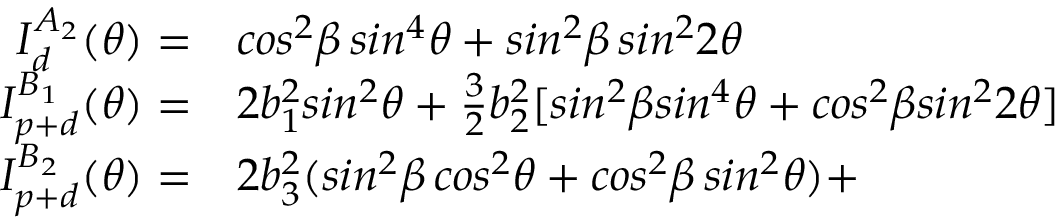
\begin{array} { r l } { I _ { d } ^ { A _ { 2 } } ( \theta ) = } & { { } c o s ^ { 2 } \beta \, s i n ^ { 4 } \theta + s i n ^ { 2 } \beta \, s i n ^ { 2 } 2 \theta } \\ { I _ { p + d } ^ { B _ { 1 } } ( \theta ) = } & { { } 2 b _ { 1 } ^ { 2 } s i n ^ { 2 } \theta + \frac { 3 } { 2 } b _ { 2 } ^ { 2 } [ s i n ^ { 2 } \beta s i n ^ { 4 } \theta + c o s ^ { 2 } \beta s i n ^ { 2 } 2 \theta ] } \\ { I _ { p + d } ^ { B _ { 2 } } ( \theta ) = } & { { } 2 b _ { 3 } ^ { 2 } ( s i n ^ { 2 } \beta \, c o s ^ { 2 } \theta + c o s ^ { 2 } \beta \, s i n ^ { 2 } \theta ) + } \end{array}